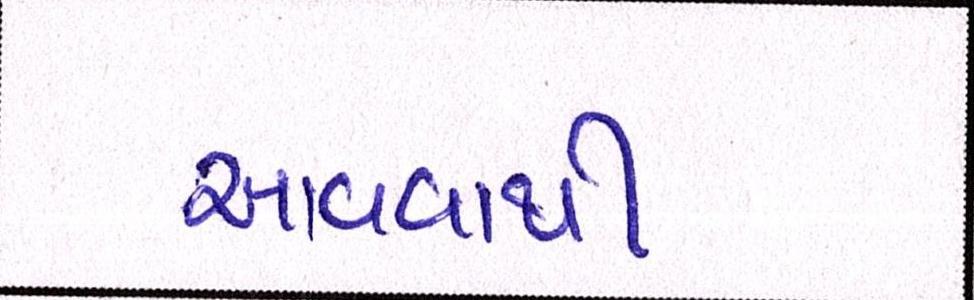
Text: આવવાથી